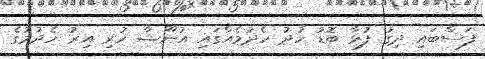
ފަސްބައި ދިގު ފުޅާ ބޮޑު ހުދު ހެދުމެއްގައި އުނޫޝާ ހުރި އިރު ހެދުމުގެ